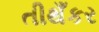
તીથઁકર